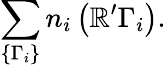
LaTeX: \sum_{\{ \Gamma_{i}\} }n_{i}\left({\cal\mathbb{R}^{\prime}}\Gamma_{i}\right).